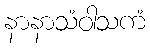
နာနာသံဝါသကံ